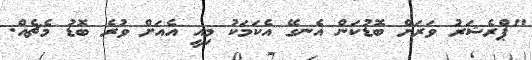
"ޕްރެޝަރު ވަރަށް ބޮޑުކަން އެނގޭ އެކަމަކު މިއީ އެއަށް ވުރެ ބޮޑު މެޗެއް.